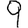
Digit: 9